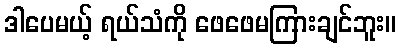
ဒါပေမယ့် ရယ်သံကို ဖေဖေမကြားချင်ဘူး။